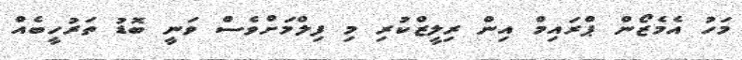
މަހު އެމެޒޯން ޕްރައިމް އިން ރިލީޒްކުރި މި ފިލްމަށްވެސް ވަނީ ބޮޑު ތަރުހީބެއް